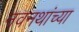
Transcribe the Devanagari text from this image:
नवनथांच्या